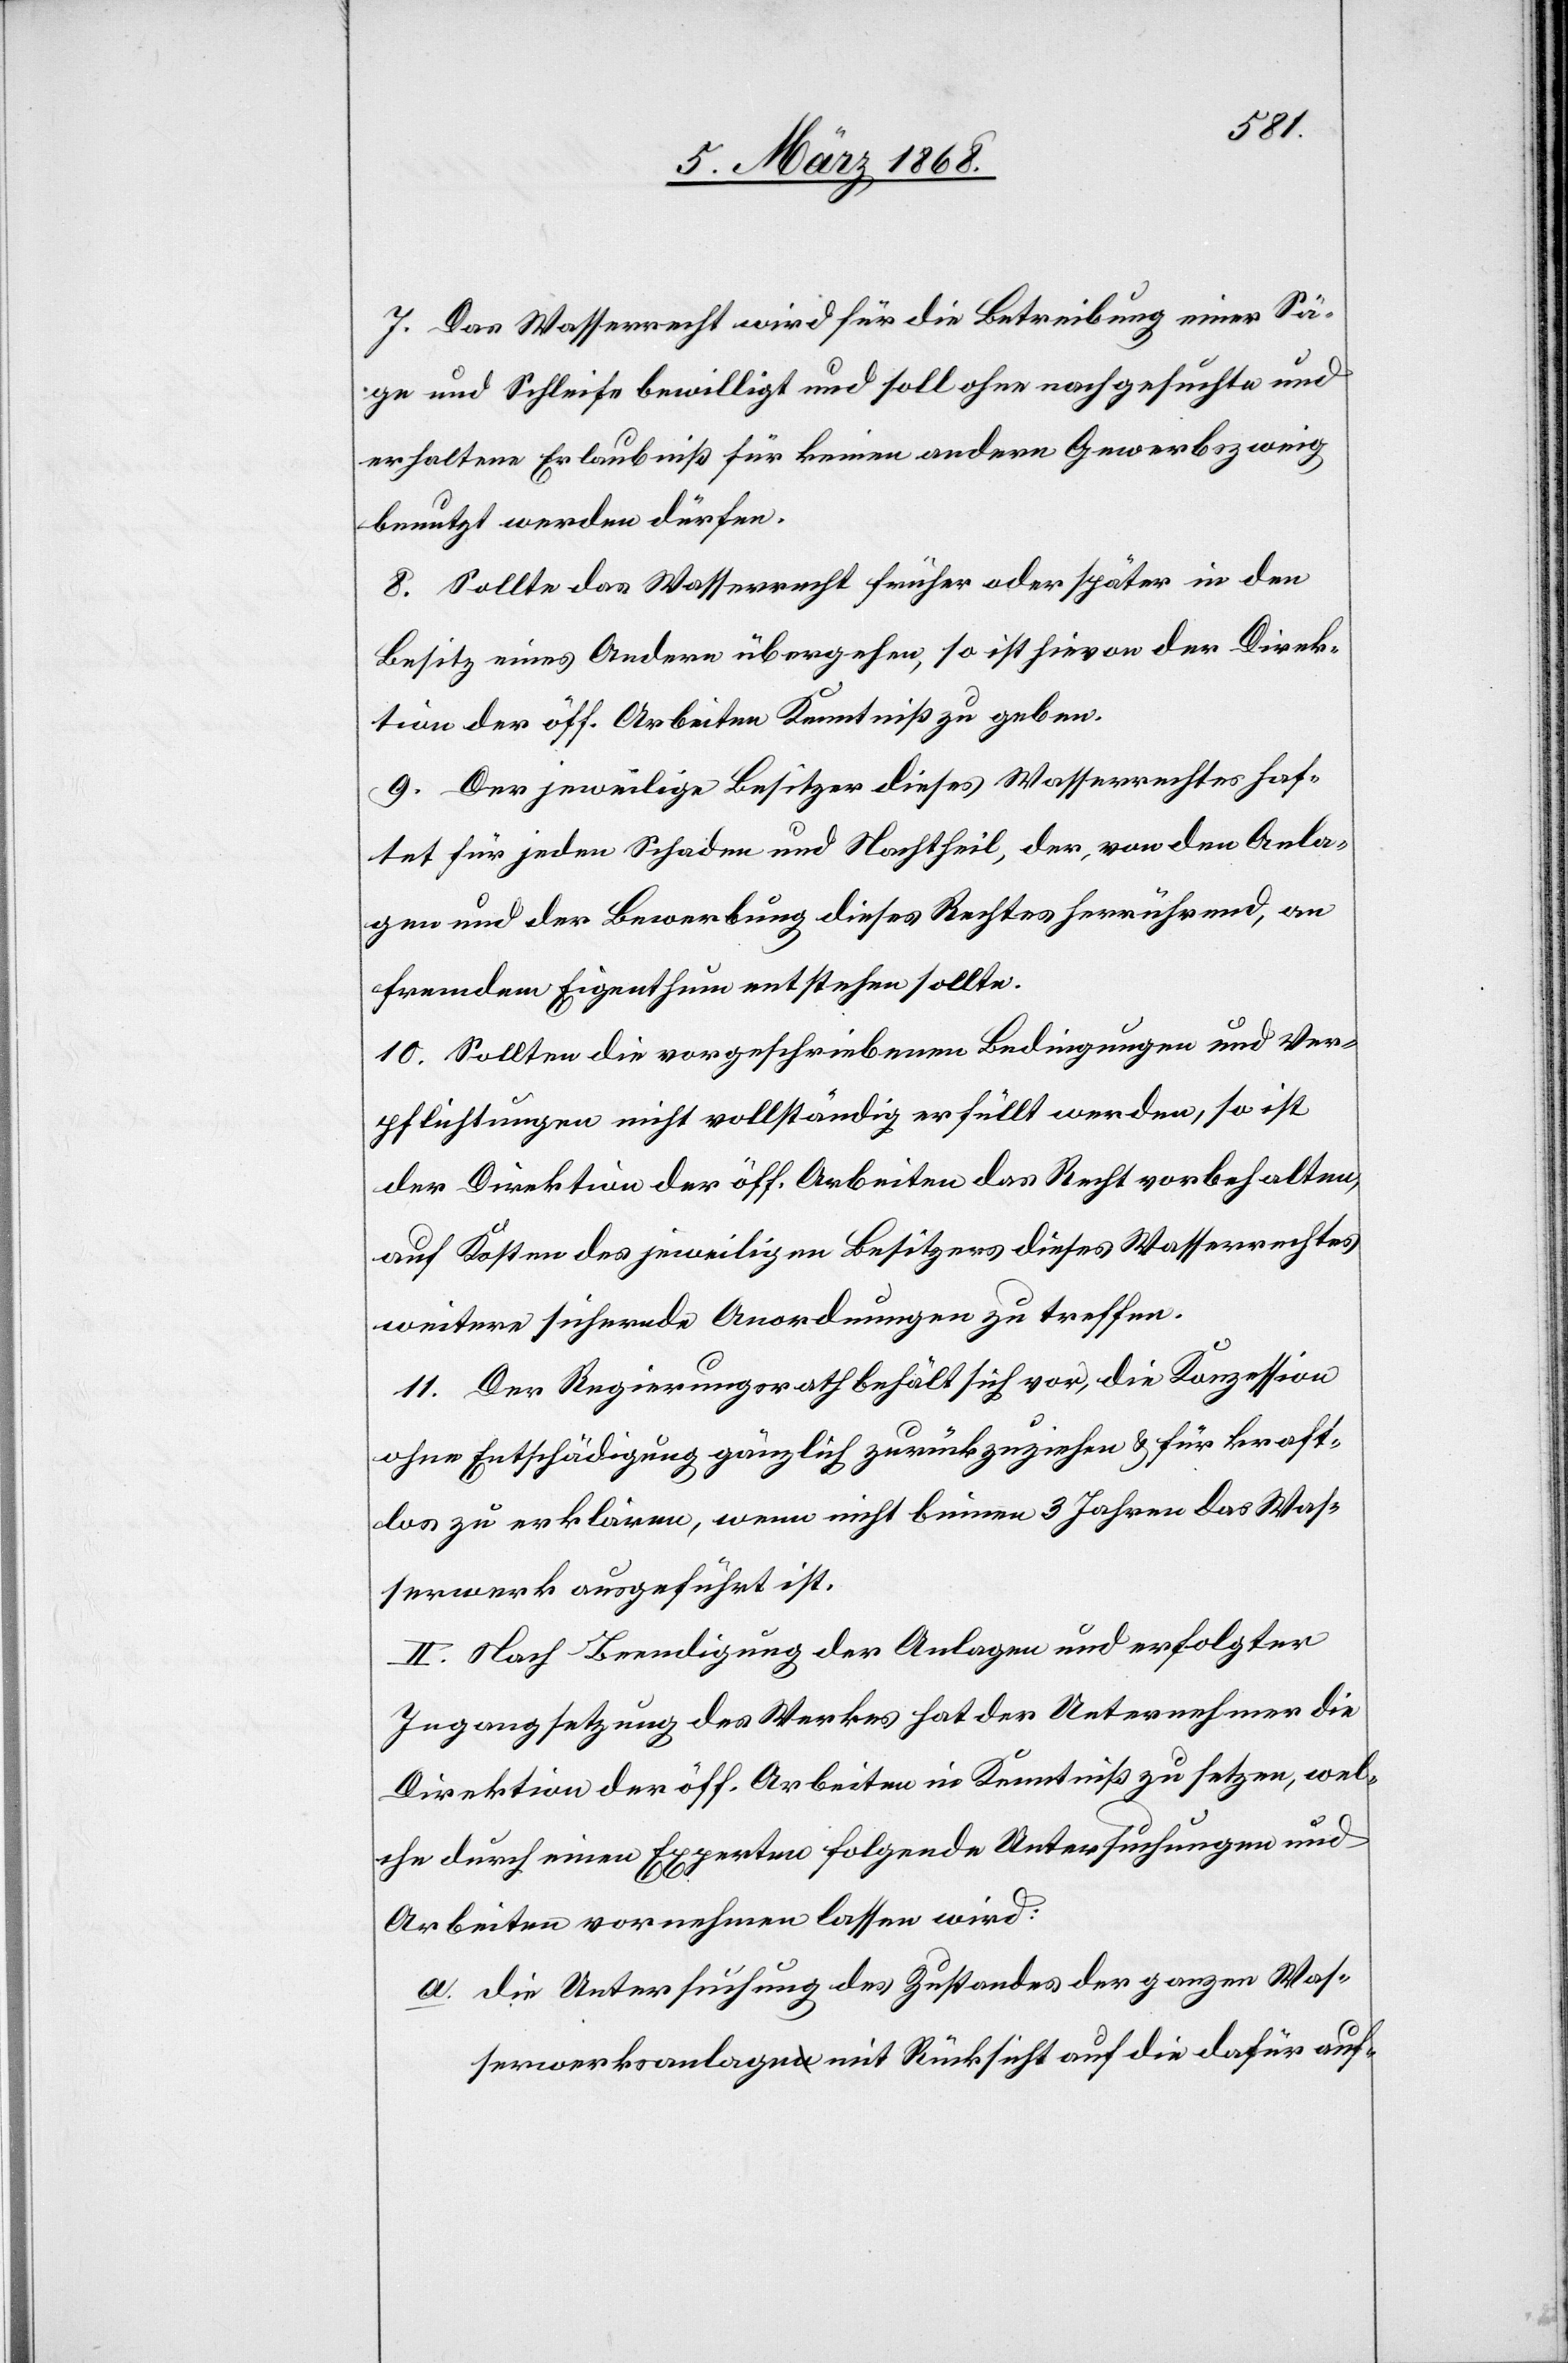
7. Das Wasserrecht wird für die Betreibung einer Sä¬
ge und Schleife bewilligt und soll ohne nachgesuchte und
erhaltene Erlaubniß für keinen andern Gewerbszweig
benutzt werden dürfen.
8. Sollte das Wasserrecht früher oder später in den
Besitz eines Andern übergehen, so ist hievon der Direk¬
tion der öff. Arbeiten Kenntniß zu geben.
9. Der jeweilige Besitzer dieses Wasserrechtes haf¬
tet für jeden Schaden und Nachtheil, der, von den Anla¬
gen und der Bewerbung dieses Rechtes herrührend, an
fremdem Eigenthum entstehen sollte.
10. Sollten die vorgeschriebenen Bedingungen und Ver¬
pflichtungen nicht vollständig erfüllt werden, so ist
der Direktion der öff. Arbeiten das Recht vorbehalten,
auf Kosten des jeweiligen Besitzers dieses Wasserrechtes
weitere sichernde Anordnungen zu treffen.
11. Der Regierungsrath behält sich vor, die Konzession
ohne Entschädigung gänzlich zurückzuziehen & für kraft¬
los zu erklären, wenn nicht binnen 3 Jahren das Was¬
serwerk ausgeführt ist.
II. Nach Beendigung der Anlagen und erfolgter
Ingangsetzung des Werkes hat der Unternehmer die
Direktion der öff. Arbeiten in Kenntniß zu setzen, wel¬
che durch einen Experten folgende Untersuchungen und
Arbeiten vornehmen lassen wird:
die Untersuchung des Zustandes der ganzen Was¬
serwerksanlage mit Rücksicht auf die dafür auf-